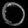
Digit: ၀